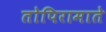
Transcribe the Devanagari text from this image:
तोपिरामाते